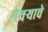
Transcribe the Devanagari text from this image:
नवऱ्याचे